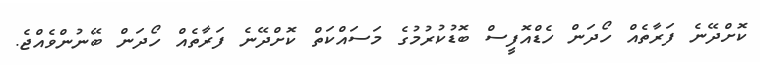
ކޮށްދޭނެ ފަރާތެއް ހޯދަން ހެޑްއޮފީސް ބޮޑުކުރުމުގެ މަސައްކަތް ކޮށްދޭނެ ފަރާތެއް ހޯދަން ބޭނުންވެއްޖެ.